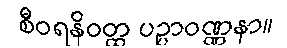
စီဝရနိဝတ္ထ ပဉ္ပာဝဏ္ဏနာ။